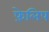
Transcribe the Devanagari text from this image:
फ़ेलिप